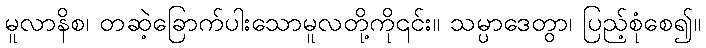
မူလာနိစ၊ တဆဲ့ခြောက်ပါးသောမူလတို့ကို၎င်း။ သမ္ပာဒေတွာ၊ ပြည့်စုံစေ၍။